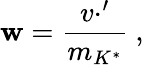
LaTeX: \mathbf{w}={\frac{{v\cdotp^{\prime}}}{{m_{K^{*}}}}}\ ,